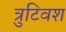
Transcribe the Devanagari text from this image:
त्रुटिवश